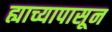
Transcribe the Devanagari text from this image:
ह्याच्यापासून